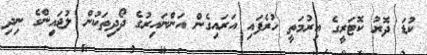
ކުޑަ ދޮރު ކޮޓަރީގެ އިރުމަތީ ހުރެފައި އަރައިގެން އަންނައިރުގެ ދޯދިތަކުން ލުޖައިންގެ ނިދި